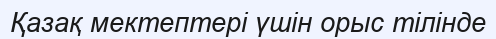
Қазақ мектептері үшін орыс тілінде